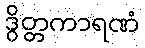
ဒွိတ္တကာရဏံ